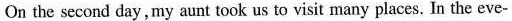
On the second day, my aunt took us to visit many places. In the eve-